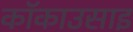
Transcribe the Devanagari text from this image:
कॉकाउसाइ